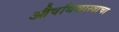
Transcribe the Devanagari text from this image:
औषधिशास्त्राचा